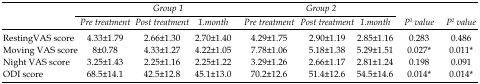
| <ROWSPAN=3>  | <COLSPAN=3> Group 1 | <COLSPAN=3> Group 2 |  |  |
 | Pre treatment | Post treatment | 1.month | Pre treatment | Post treatment | 1.month | P1 value | P2value |
 | --- | --- | --- | --- | --- | --- | --- | --- | --- |
 | RestingVAS score | 4.33±1.79 | 2.66±1.30 | 2.70±1.40 | 4.29±1.75 | 2.90±1.19 | 2.85±1.16 | 0.283 | 0.486 |
 | Moving VAS score | 8±0.78 | 4.33±1.27 | 4.22±1.05 | 7.78±1.06 | 5.18±1.38 | 5.29±1.51 | 0.027* | 0.011* |
 | Night VAS score | 3.25±1.43 | 2.25±1.16 | 2.25±1.22 | 3.29±1.26 | 2.66±1.17 | 2.81±1.24 | 0.198 | 0.091 |
 | ODI score | 68.5±14.1 | 42.5±12.8 | 45.1±13.0 | 70.2±12.6 | 51.4±12.6 | 54.5±14.6 | 0.014* | 0.014* |